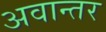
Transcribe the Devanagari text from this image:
अवान्‍तर